Annual statistical returns and brief notes on vaccination in Bengal - 1909-1929
Year: 1909
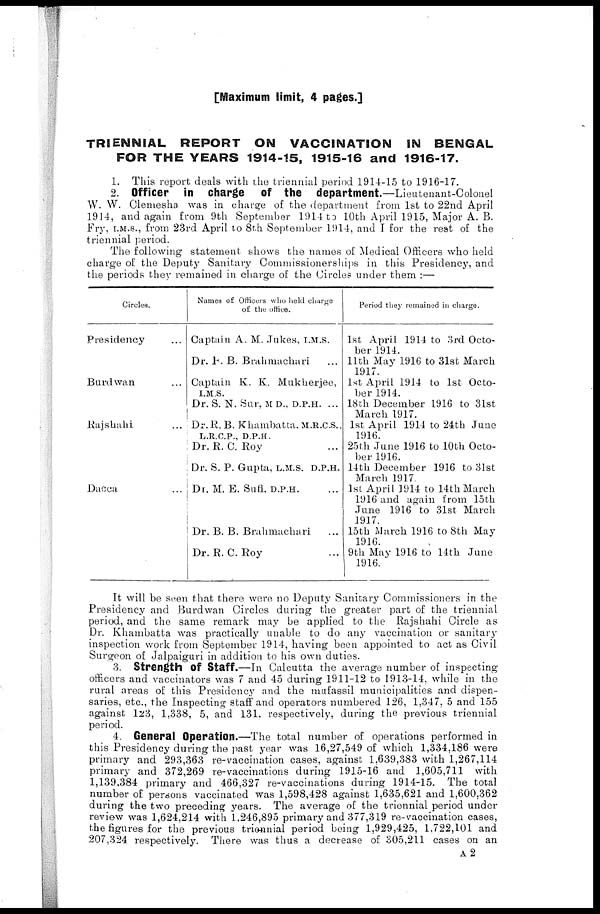
[Maximum limit, 4 pages.]
TRIENNIAL REPORT ON VACCINATION
IN BENGAL
FOR THE YEARS 1914-15, 1915-16 and 1916-17.
1. This report deals with the triennial period 1914-15 to 1916-17.
2. Officer in charge of the department.—Lieutenant-Colonel
W. W. Clemesha was in charge of the department from 1st to 22nd April
1914, and again from 9th September 1914 to 10th April 1915, Major A. B.
Fry, I.M.S., from 23rd April to 8th September 1914, and I for the rest of the
triennial period.
The following statement shows the names of Medical Officers who held
charge of the Deputy Sanitary Commissionerships in this Presidency, and
the periods they remained in charge of the Circles under them :—
Circles.
Presidency ...
Bardwan ...
Rajshahi ...
Dacca ...
Names of Officers who held charge
of the office.
Captain A. M. Jukes, I.M.S.
Dr. F. B. Brahmachari ...
Captain K. K. Mukherjee,
I.M.S.
Dr. S. N. Sur, M D., D.P.H. ...
Dr.R. B. Khambatta. M.R.C.S.,
L.R.C.P., D.P.H.
Dr. R. C. Roy ...
Dr. S. P. Gupta, L.M.S. D.P.H.
Dr. M. E. Sufi, D.P.H. ...
Dr. B. B. Brahmachari ...
Dr. R.C.Roy ...
Period they remained in charge.
1st April 1914 to 3rd Octo-
ber 1914.
11th May 1916 to 31st March
1917.
1st April 1914 to 1st Octo-
ber 1914.
18th December 1916 to 31st
March 1917.
1st April 1914 to 24th June
1916.
25th June 1916 to 10th Octo-
ber 1916.
14th December 1916 to 31st
March 1917.
1st April ]914 to 14th March
1916 and again from 15th
June 1916 to 31st March
1917.
15th March 1916 to 8th May
1916.
9th May 1916 to 14th June
1916.
It will be seen that there were no Deputy Sanitary Commissioners in the
Presidency and Burdwan Circles during the greater part of the triennial
period, and the same remark may be applied to the Rajshahi Circle as
Dr. Khambatta was practically unable to do any vaccination or sanitary
inspection work from September 1914, having been appointed to act as Civil
Surgeon of Jalpaiguri in addition to his own duties.
3. Strength of Staff.—In Calcutta the average number of inspecting
officers and vaccinators was 7 and 45 during 1911-12 to 1913-14, while in the
rural areas of this Presidency and the mufassil municipalities and dispen-
saries, etc., the Inspecting staff and operators numbered 126, 1,347, 5 and 155
against 123, 1,338, 5, and 131, respectively, during the previous triennial
period.
4. General Operation.—The total number of operations performed in
this Presidency during the past year was 16,27,549 of which 1,334,186 were
primary and 293,363 re-vaccination cases, against 1,639,383 with 1,267,114
primary and 372,269 re-vaccinations during 1915-16 and 1,605,711 with
1,139,384 primary and 466,327 re-vaccinations during 1914-15. The total
number of persons vaccinated was 1,598,428 against 1,635,621 and 1,600,362
during the two preceding years. The average of the triennial period under
review was 1,624,214 with 1,246,895 primary and 377,319 re-vaccination cases,
the figures for the previous triennial period being 1,929,425, 1,722,101 and
207,324 respectively. There was thus a decrease of 305,211 cases on an
A2